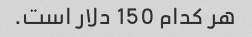
هر کدام 150 دلار است.